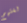
لغتهم